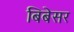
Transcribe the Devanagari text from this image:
बिबेसर